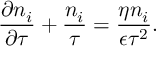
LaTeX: \frac { \partial n _ { i } } { \partial \tau } + \frac { n _ { i } } { \tau } = \frac { \eta n _ { i } } { \epsilon \tau ^ { 2 } } .